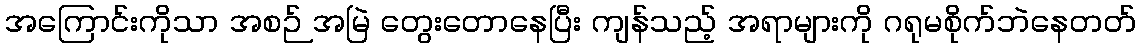
အကြောင်းကိုသာ အစဉ် အမြဲ တွေးတောနေပြီး ကျန်သည့် အရာများကို ဂရုမစိုက်ဘဲနေတတ်